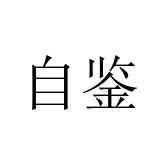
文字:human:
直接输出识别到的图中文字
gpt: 自鉴